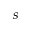
s